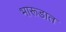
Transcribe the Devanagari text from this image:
भारूडात